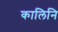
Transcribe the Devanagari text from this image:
कालिनि